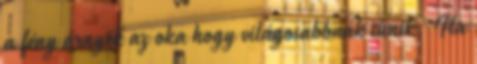
a fény árnyék az oka hogy világosabbnak tűnik. Ha